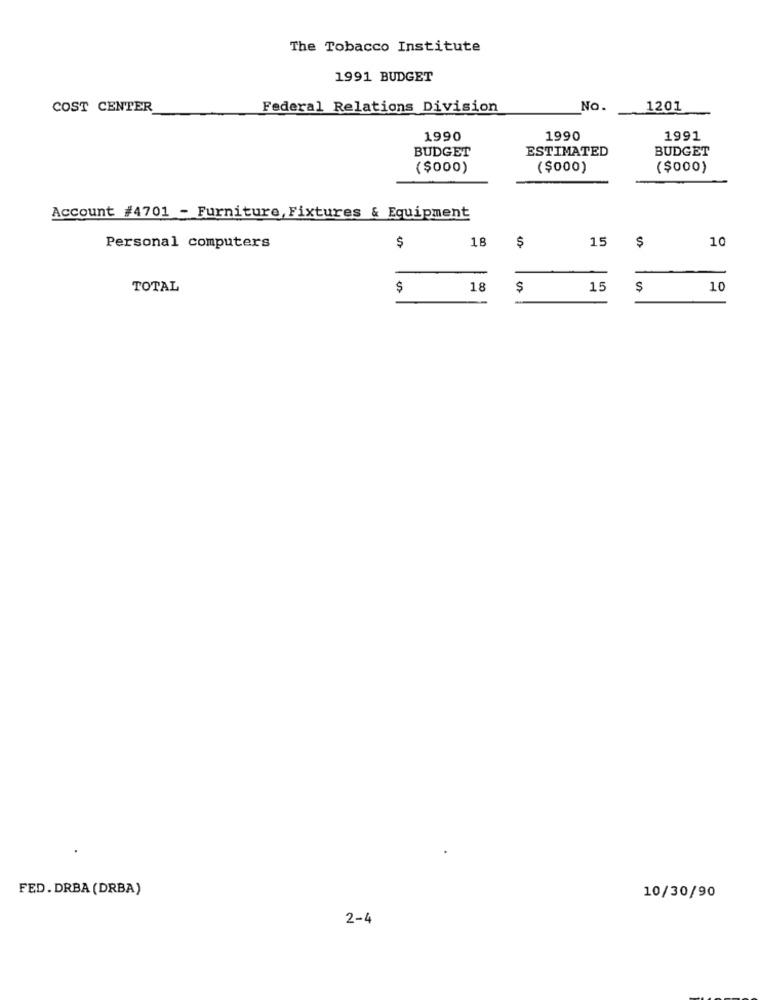
The Tobacco Institute
1991 BUDGET
COST CENTER
Federal Relations Division
No.
1201
1990
1990
1991
BUDGET
ESTIMATED
BUDGET
($000)
( $000)
($000)
Account #4701 - Furniture, Fixtures & Equipment
$
18
$
15
10
Personal computers
TOTAL
$
18
15
10
FED. DRBA (DRBA)
10/30/90
2-4